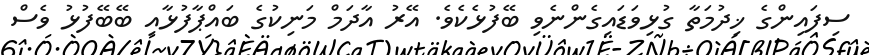
ސިފައިންގެ ޚިދުމަތާ ގުޅިވަޑައިގެންނެވި ބޭފުޅެކެވެ. އޭރު އާދަމް މަނިކުގެ ބައްޕާފުޅާއި ބޭބޭފުޅު ވެސް